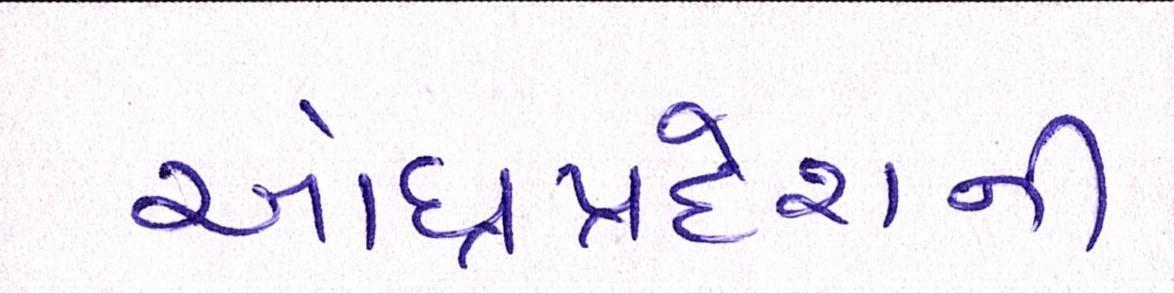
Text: આંધ્રપ્રદેશની